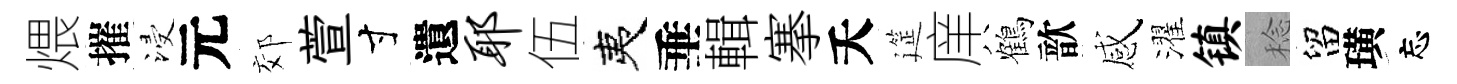
煨摧浸元郊萱寸遺耶伍夷垂輯搴夭筵庠鶴歆感濯镇稔留璜忘